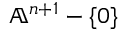
\mathbb { A } ^ { n + 1 } - \{ 0 \}